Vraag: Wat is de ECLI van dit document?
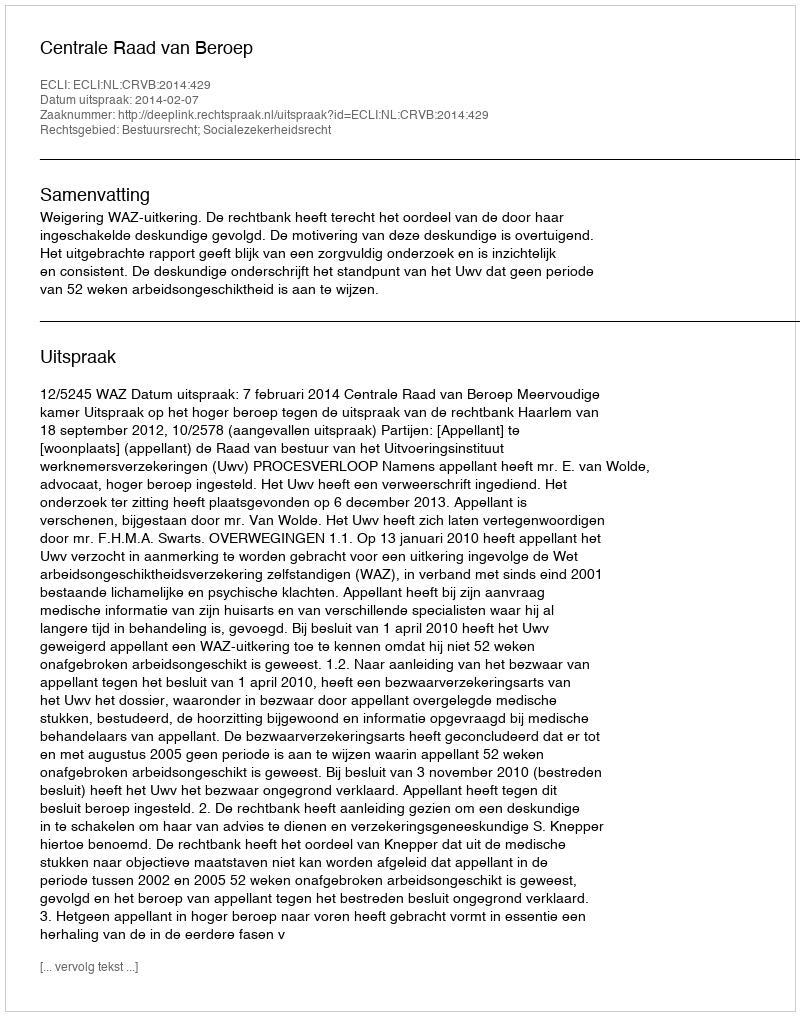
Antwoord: ECLI:NL:CRVB:2014:429